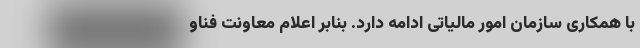
با همکاری سازمان امور مالیاتی ادامه دارد. بنابر اعلام معاونت فناو